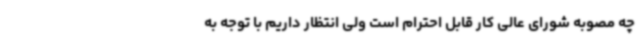
چه مصوبه شورای عالی کار قابل احترام است ولی انتظار داریم با توجه به